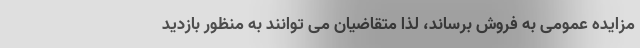
مزایده عمومی به فروش برساند، لذا متقاضيان می توانند به منظور بازدید